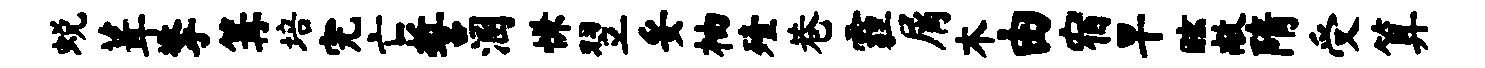
蜕葺擎篝培完亡誓溷慊翌妥柚殪巷霾屑木由宿早眩敞隋受算